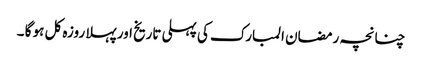
چنانچہ رمضان المبارک کی پہلی تاریخ اور پہلا روزہ کل ہو گا ۔